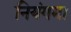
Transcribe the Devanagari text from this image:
नियंगमा